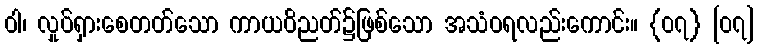
ဝါ၊ လှုပ်ရှားစေတတ်သော ကာယဝိညတ်၌ဖြစ်သော အသံဝရလည်းကောင်း။ {၀၇} [၀၇]